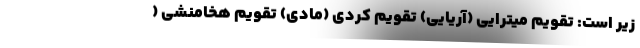
زیر است: تقویم میترایی (آریایی) تقویم کردی (مادی) تقویم هخامنشی (